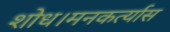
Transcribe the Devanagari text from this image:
शोध।मनकर्त्यास